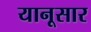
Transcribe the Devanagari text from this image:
यानूसार